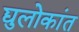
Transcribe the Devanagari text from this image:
द्युलोकांत